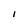
Character: I